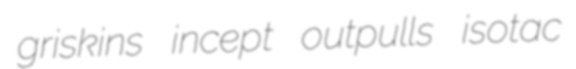
griskins incept outpulls isotac